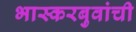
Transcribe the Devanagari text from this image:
भास्करबुवांची